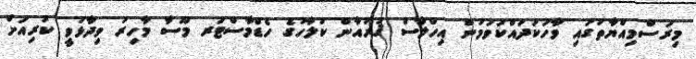
މިރަސްމިއްޔާތުގައި ވާހަކަދައްކަވަމުން އިހްލާސް ޤުރުއާން ކުލާހުގެ ހެޑްމާސްޓަރ މޫސާ މާހިރު ވިދާޅުވީ ކުރިއަށް